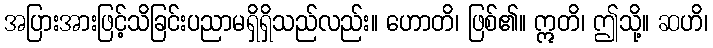
အပြားအားဖြင့်သိခြင်းပညာမရှိရှိသည်လည်း။ ဟောတိ၊ ဖြစ်၏။ ဣတိ၊ ဤသို့။ ဆဟိ၊